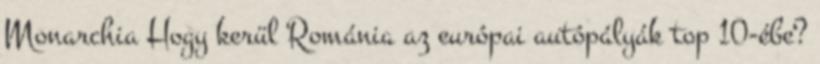
Monarchia Hogy kerül Románia az európai autópályák top 10-ébe?